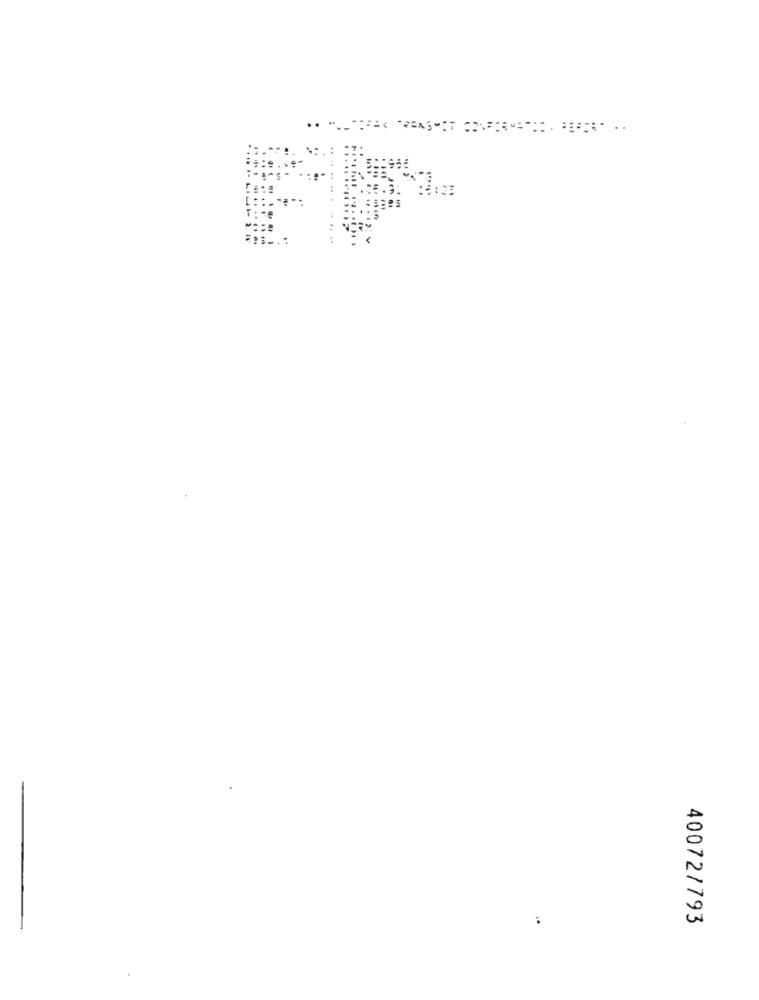
40072/793